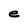
Character: e